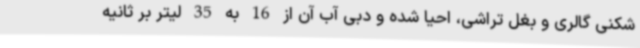
شکنی گالری و بغل تراشی، احیا شده و دبی آب آن از 16 به 35 لیتر بر ثانیه